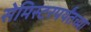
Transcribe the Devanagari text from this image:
सेमिस्टरपर्यंतच्या